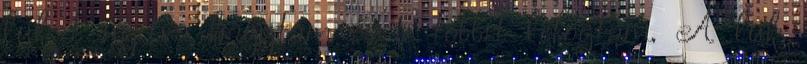
lukat nyitva hagytam és a többit lefogtam. A luk